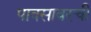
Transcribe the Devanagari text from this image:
पावसावरची